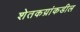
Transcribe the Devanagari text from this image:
शेतकय्रांकडील